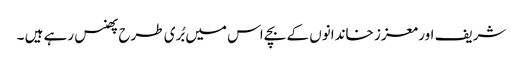
شریف اور معزز خاندانوں کے بچے اس میں بُری طرح پھنس رہے ہیں ۔